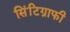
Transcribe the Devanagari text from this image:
सिंटिग्राफी